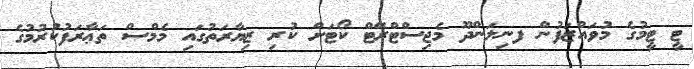
ޓީ ޓީމުގެ މުވައްޒަފުން ފނިލަންދޫ މެޖިސްޓްރޭޓް ކޯޓަށް ކުރި ޒިޔާރަތުގައި މެމްސް ތަޢާރަފުކުރުމުގެ